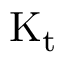
\mathrm { K _ { t } }